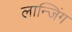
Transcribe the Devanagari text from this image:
लान्जिंग